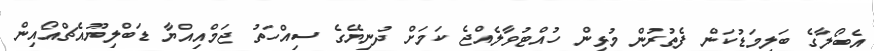
އެބޯލާގެ ބަލިމަޑުކަން ފެތުރުން މުޅިން ހުއްޓުވާލެއްޖެ ކަމަށް ދުނިޔޭގެ ސިއްހަތު ޖަމްއިއްޔާ ޑަބްލިޔޫއެޗްއޯއިން